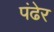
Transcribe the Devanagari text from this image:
पंढेर